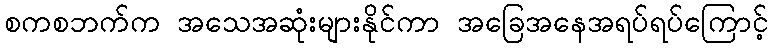
စကစဘက်က အသေအဆုံးများနိုင်ကာ အခြေအနေအရပ်ရပ်ကြောင့်